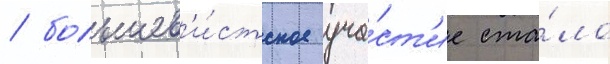
/ большев'и́стское уча́ст'ие ста́ло